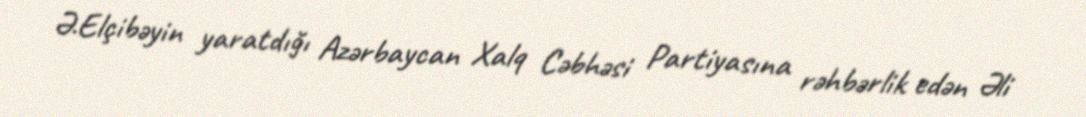
Ə.Elçibəyin yaratdığı Azərbaycan Xalq Cəbhəsi Partiyasına rəhbərlik edən Əli